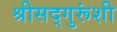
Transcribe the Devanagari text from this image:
श्रीसद्गुरूंशी